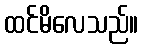
ထင်မိလေသည်။